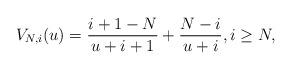
LaTeX: \begin{align*}V_{N,i}(u) = \frac{i+1-N}{u+i+1} + \frac{N-i}{u+i}, i \geq N, \end{align*}